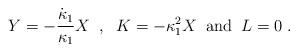
LaTeX: \begin{align*}Y = - \frac{\dot{\kappa}_{1}}{\kappa_{1}} X \;\; , \;\; K = - \kappa_{1}^2 X\;\; \mbox{and} \;\; L=0 \; .\end{align*}